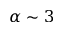
\alpha \sim 3